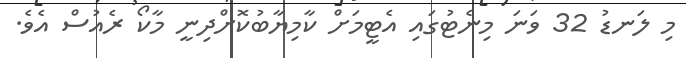
މި ލަނޑު 32 ވަނަ މިނެޓުގައި އެޓީމަށް ކާމިޔާބުކޮށްދިނީ މާކޯ ރެއުސް އެވެ.